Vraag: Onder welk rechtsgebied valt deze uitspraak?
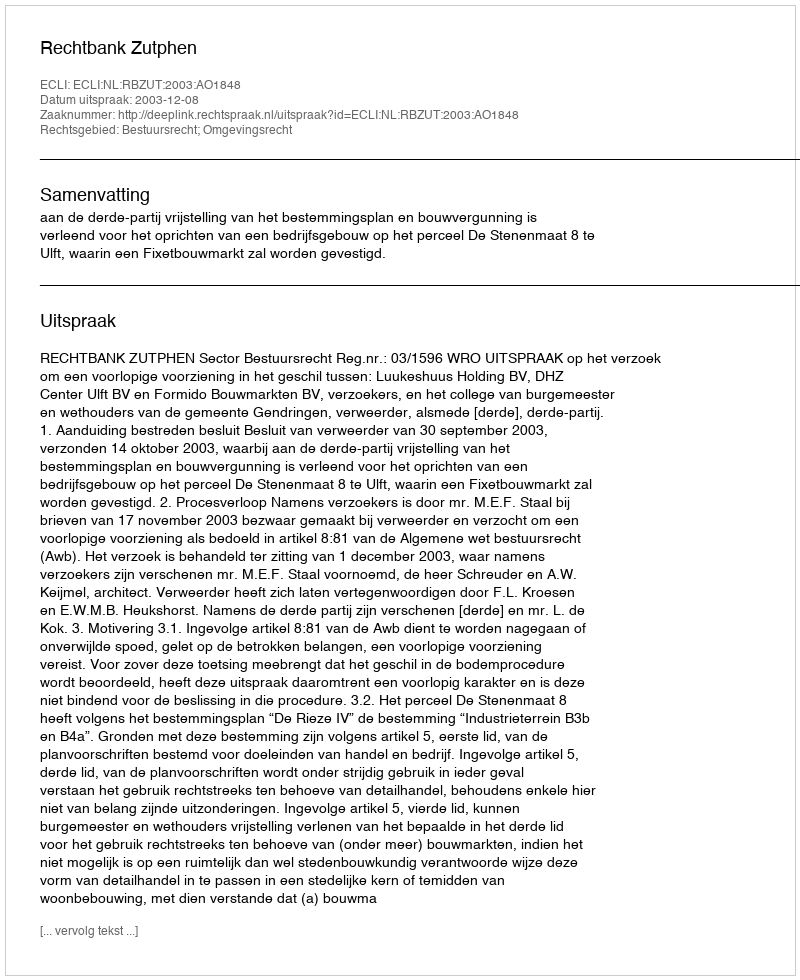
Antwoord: Bestuursrecht; Omgevingsrecht